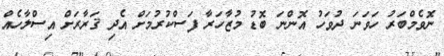
ނޮވެމްބަރު ހަވަނަ ދުވަހު އޮންނަ ބޮޑު މުޒާހަރާ ފަސްކުރުމަށް އެދި ޤަރާރަށް އިސްލާހެއް